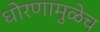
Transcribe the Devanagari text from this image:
धोरणामुळेच